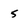
Character: 5